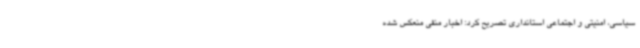
سیاسی، امنیتی و اجتماعی استانداری تصریح کرد: اخبار منفی منعکس شده